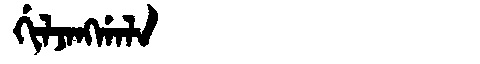
Manchu: ᡤᡳᠯᠵᠠᠩᡤᠠᠯᠠ
Romanization: GILJANGGALA